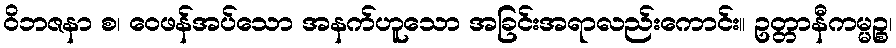
ဝိဘဇနာ စ၊ ဝေဖန်အပ်သော အနက်ဟူသော အခြင်းအရာလည်းကောင်း။ ဥတ္တာနီကမ္မဉ္စ၊